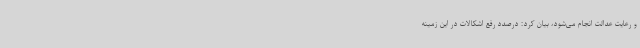
و رعایت عدالت انجام می‌شود، بیان کرد: درصدد رفع اشکالات در این زمینه